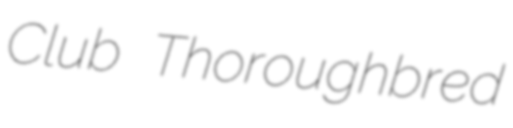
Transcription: Club Thoroughbred